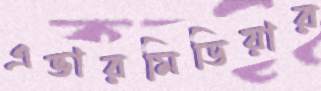
এভারমিডিয়ার